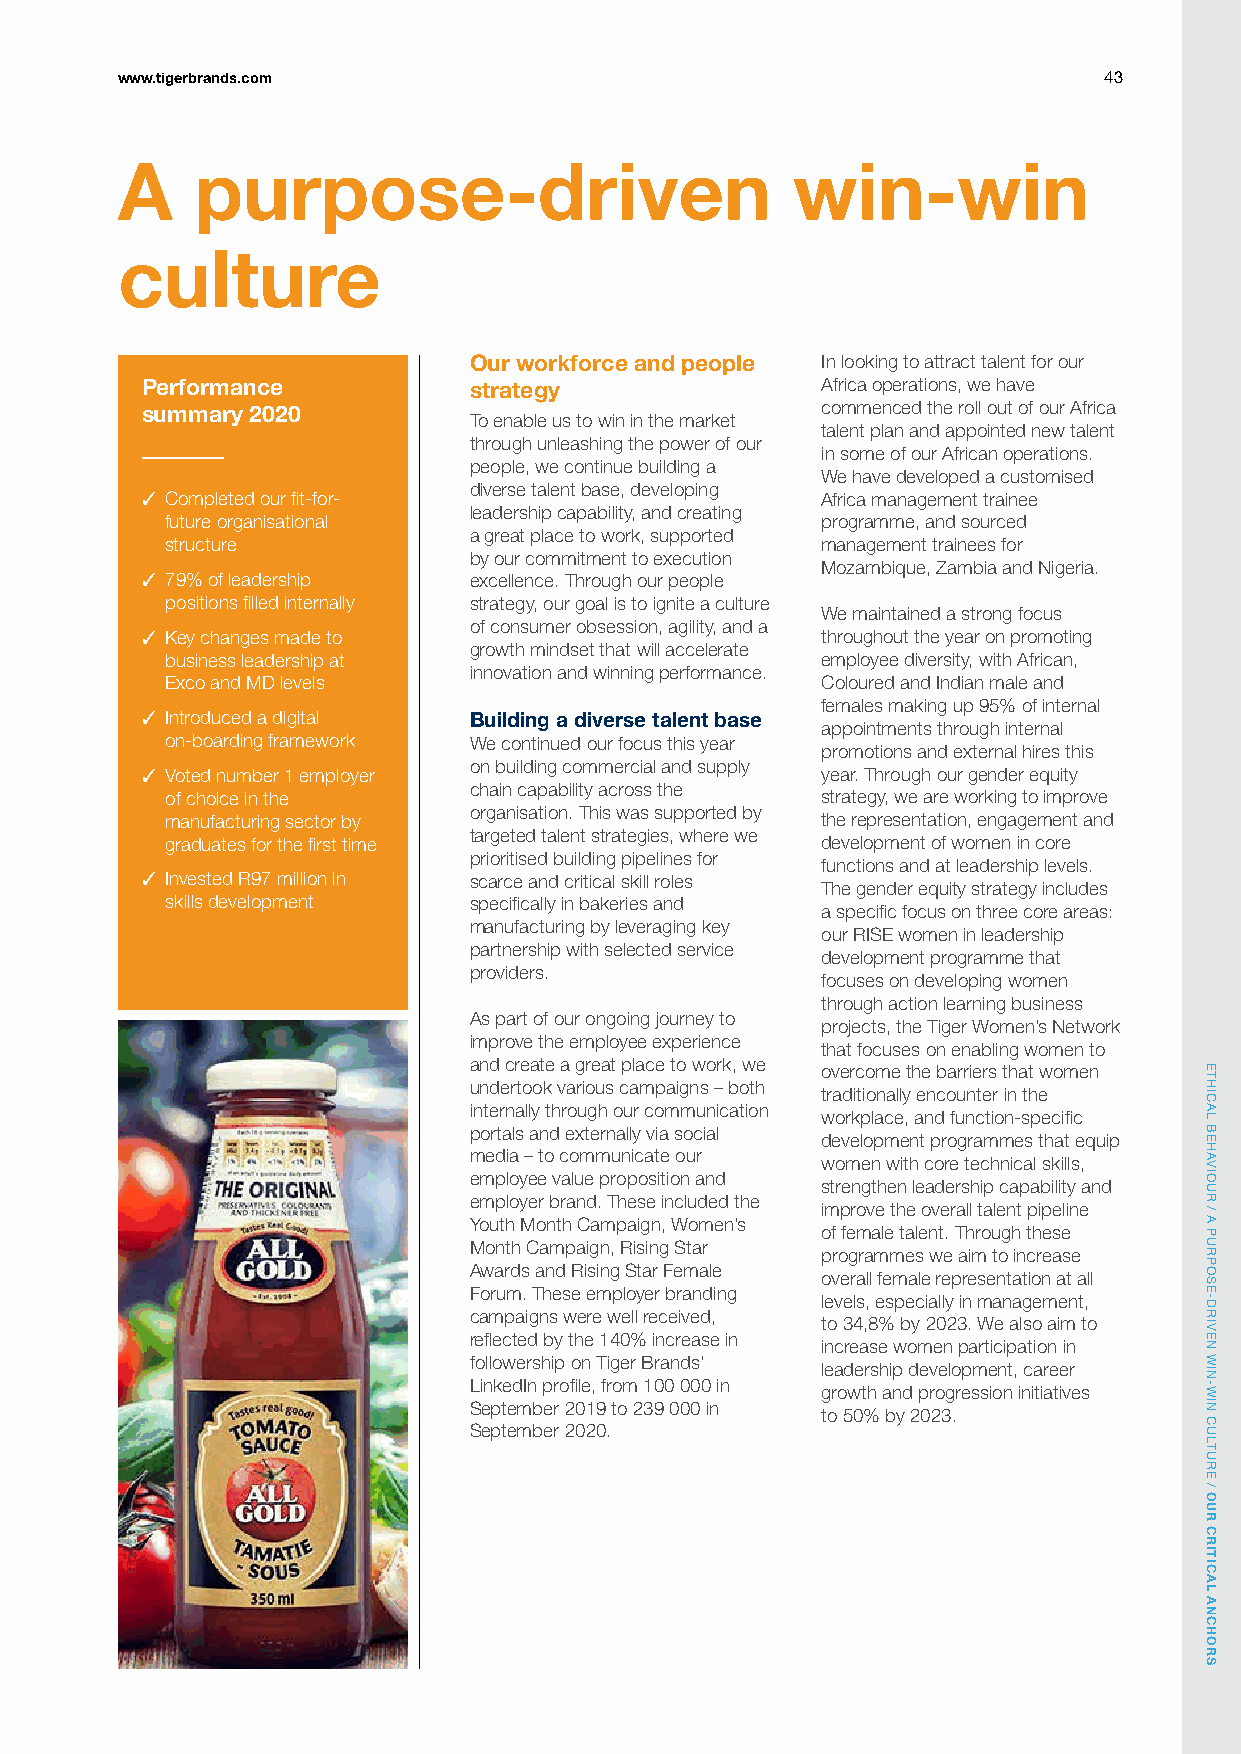
www.tigerbrands.com                                              43
 A    purpose-driven                         win-win
 culture
 Our workforce and people In looking to attract talent for our
 Performance           strategy               Africa operations, we have
 summary 2020                                 commenced the roll out of our Africa
 To enable us to win in the market
 talent plan and appointed new talent
 through unleashing the power of our
 in some of our African operations.
 people, we continue building a
 We have developed a customised
 diverse talent base, developing
 ✓ Completed our fit-for-                     Africa management trainee
 leadership capability, and creating
 future organisational                      programme, and sourced
 a great place to work, supported
 structure                                  management trainees for
 by our commitment to execution
 Mozambique, Zambia and Nigeria.
 ✓ 79% of leadership   excellence. Through our people
 positions filled internally strategy, our goal is to ignite a culture
 We maintained a strong focus
 of consumer obsession, agility, and a
 ✓ Key changes made to                        throughout the year on promoting
 growth mindset that will accelerate
 business leadership at                     employee diversity, with African,
 innovation and winning performance.
 Exco and MD levels                         Coloured and Indian male and
 females making up 95% of internal
 ✓ Introduced a digital Building a diverse talent base
 appointments through internal
 on-boarding framework We continued our focus this year
 promotions and external hires this
 on building commercial and supply
 ✓ Voted number 1 employer                    year. Through our gender equity
 chain capability across the
 of choice in the                           strategy, we are working to improve
 organisation. This was supported by
 manufacturing sector by                    the representation, engagement and
 targeted talent strategies, where we
 graduates for the first time               development of women in core
 prioritised building pipelines for
 functions and at leadership levels.
 ✓ Invested R97 million in scarce and critical skill roles
 The gender equity strategy includes
 skills development  specifically in bakeries and
 a specific focus on three core areas:
 manufacturing by leveraging key
 our RISE women in leadership
 partnership with selected service
 development programme that
 providers.
 focuses on developing women
 through action learning business
 As part of our ongoing journey to
 projects, the Tiger Women’s Network
 improve the employee experience
 that focuses on enabling women to
 and create a great place to work, we
 overcome the barriers that women
 undertook various campaigns – both
 traditionally encounter in the
 internally through our communication
 workplace, and function-specific
 portals and externally via social
 development programmes that equip
 media – to communicate our
 women with core technical skills,
 employee value proposition and
 strengthen leadership capability and
 employer brand. These included the
 improve the overall talent pipeline
 Youth Month Campaign, Women’s
 of female talent. Through these
 Month Campaign, Rising Star
 programmes we aim to increase
 Awards and Rising Star Female
 overall female representation at all
 Forum. These employer branding
 levels, especially in management,
 campaigns were well received,
 to 34,8% by 2023. We also aim to
 reflected by the 140% increase in
 increase women participation in
 followership on Tiger Brands’
 leadership development, career
 LinkedIn profile, from 100 000 in
 growth and progression initiatives
 September 2019 to 239 000 in
 to 50% by 2023.
 September 2020.
 ETHICAL
 BEHAVIOUR
 /
 A
 PURPOSE-DRIVEN
 WIN-WIN
 CULTURE
 /
 OUR
 CRITICAL
 ANCHORS